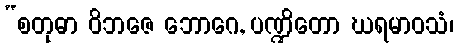
“စတုဓာ ဝိဘဇေ ဘောဂေ, ပဏ္ဍိတော ဃရမာဝသံ၊